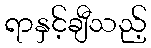
ရာနှင့်ချီသည့်